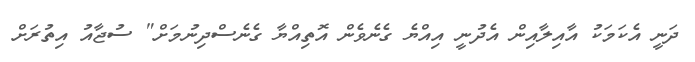
ދަނީ އެކަމަކު އާއިލާއިން އެދުނީ އިއްޔެ ގެނެވެން އޮތިއްޔާ ގެނެސްދިނުމަށް" ސުޖާއު އިތުރަށް